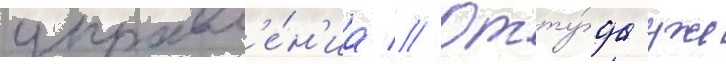
управл'е́н'иа // Отту́да уже